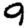
Digit: 9